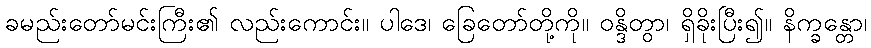
ခမည်းတော်မင်းကြီး၏ လည်းကောင်း။ ပါဒေ၊ ခြေတော်တို့ကို။ ဝန္ဒိတွာ၊ ရှိခိုးပြီး၍။ နိက္ခန္တော၊